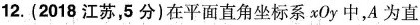
12.(2018江苏，5分)在平面直角坐标系xOy中，A为直